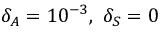
\delta _ { A } = 1 0 ^ { - 3 } , \, \, \delta _ { S } = 0